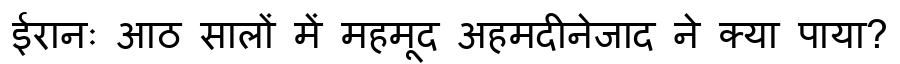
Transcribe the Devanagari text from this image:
ईरानः आठ सालों में महमूद अहमदीनेजाद ने क्या पाया?